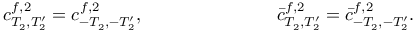
c _ { T _ { 2 } , T _ { 2 } ^ { \prime } } ^ { f , 2 } = c _ { - T _ { 2 } , - T _ { 2 } ^ { \prime } } ^ { f , 2 } , \ ~ ~ ~ ~ ~ ~ ~ ~ \ ~ ~ ~ ~ ~ ~ ~ ~ \ ~ ~ ~ { \bar { c } } _ { T _ { 2 } , T _ { 2 } ^ { \prime } } ^ { f , 2 } = { \bar { c } } _ { - T _ { 2 } , - T _ { 2 } ^ { \prime } } ^ { f , 2 } .